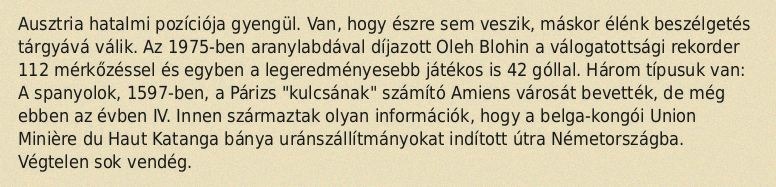
Ausztria hatalmi pozíciója gyengül. Van, hogy észre sem veszik, máskor élénk beszélgetés tárgyává válik. Az 1975-ben aranylabdával díjazott Oleh Blohin a válogatottsági rekorder 112 mérkőzéssel és egyben a legeredményesebb játékos is 42 góllal. Három típusuk van: A spanyolok, 1597-ben, a Párizs "kulcsának" számító Amiens városát bevették, de még ebben az évben IV. Innen származtak olyan információk, hogy a belga-kongói Union Minière du Haut Katanga bánya uránszállítmányokat indított útra Németországba. Végtelen sok vendég.